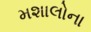
મશાલોના